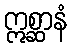
ဣစ္ဆာနံ